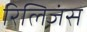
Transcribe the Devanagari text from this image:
रिलिजंस